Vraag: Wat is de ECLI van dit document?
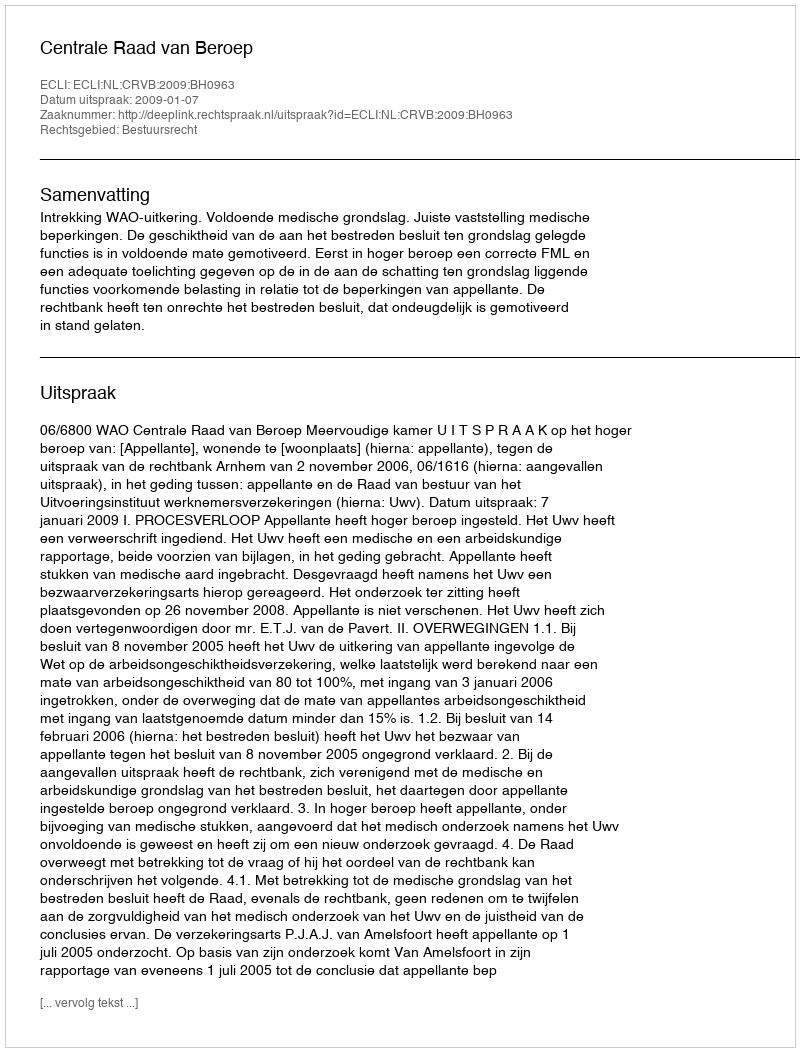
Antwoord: ECLI:NL:CRVB:2009:BH0963